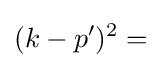
(k-p')^{2}=